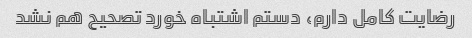
رضایت کامل دارم، دستم اشتباه خورد تصحیح هم نشد